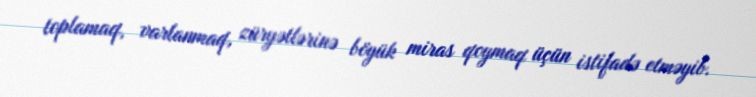
toplamaq, varlanmaq, züryətlərinə böyük miras qoymaq üçün istifadə etməyib.